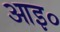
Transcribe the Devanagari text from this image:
आइ०